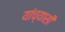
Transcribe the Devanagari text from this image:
यांच्यासी